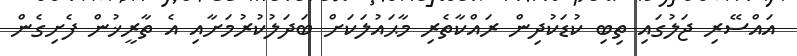
އައްސޭރި ޖަލުގައި ތިބި ކުޑަކުދިން ރައްކާތެރި މާޙައުލަކަށް ބަދަލުކުރުމަށާއި އެ ތާރީޚުން ފެށިގެން